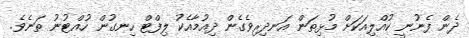
ދެން ފެނުނީ ކުއްލިއަކަށް މުޅިތަން އަނދިރިވެގެން ދިއުމާއެކު ލިފްޓް ހިނގުން ހުއްޓުނު ތަނެވެ.